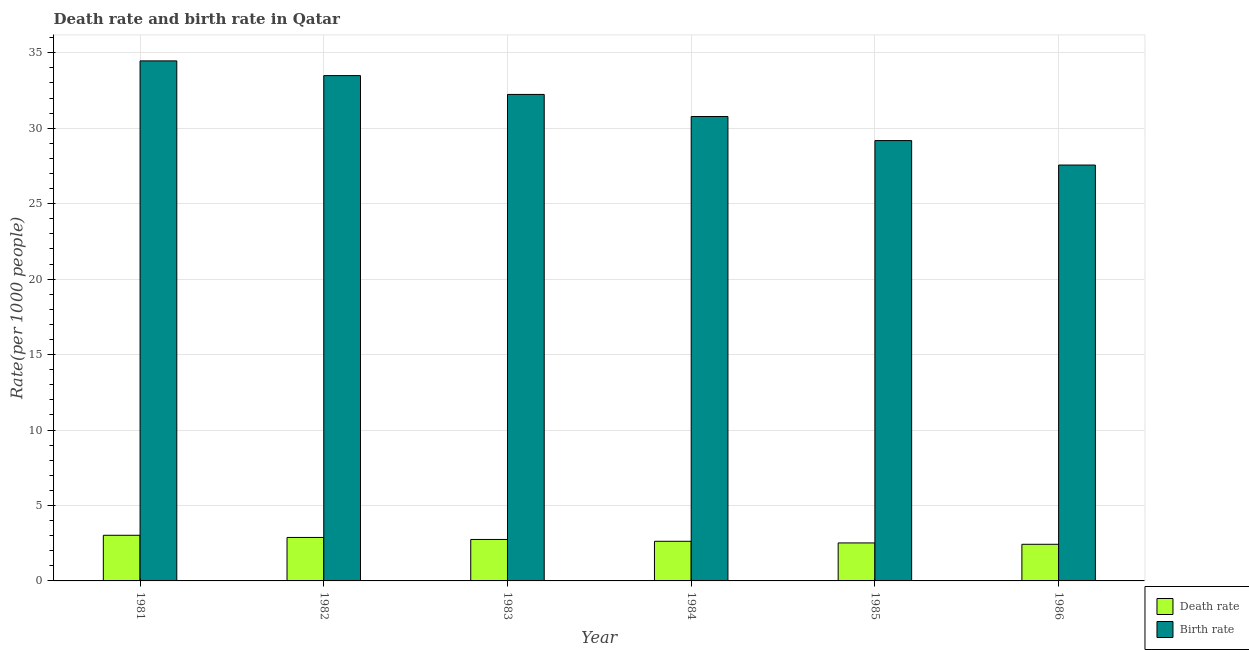
| Year | Death rate | Birth rate |
 | --- | --- | --- |
 | 1981 | 3.02 | 34.5 |
 | 1982 | 2.88 | 33.5 |
 | 1983 | 2.75 | 32.2 |
 | 1984 | 2.63 | 30.8 |
 | 1985 | 2.52 | 29.2 |
 | 1986 | 2.43 | 27.6 |